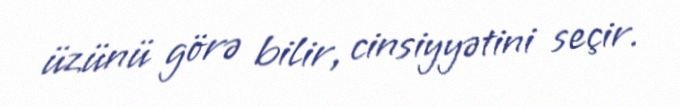
üzünü görə bilir, cinsiyyətini seçir.